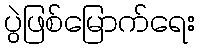
ပွဲဖြစ်မြောက်ရေး